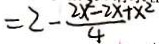
= 2 - \frac { 2 x ^ { 2 } - 2 x + x ^ { 2 } } { 4 }